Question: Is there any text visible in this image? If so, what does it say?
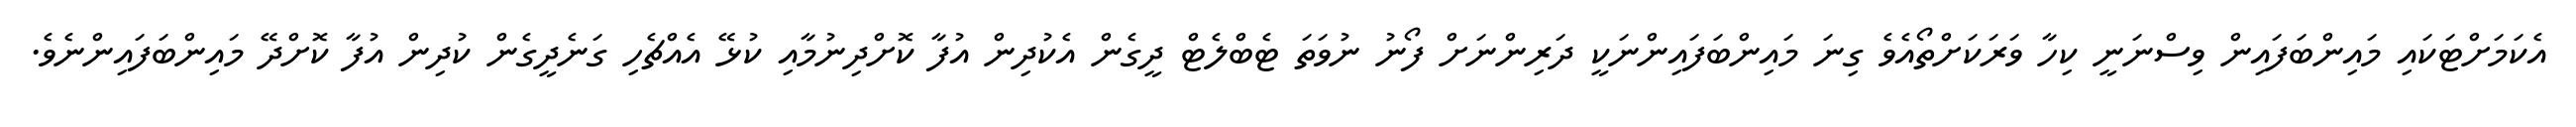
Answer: އެކަމަށްޓަކައި މައިންބަފައިން ވިސްނަނީ ކިހާ ވަރަކަށްތޯއެވެ ގިނަ މައިންބަފައިންނަކީ ދަރިންނަށް ފޯނު ނުވަތަ ޓެބްލެޓް ދީގެން އެކުދިން އުފާ ކޮށްދިނުމާއި ކުޅޭ އެއްޗެހި ގަނެދީގެން ކުދިން އުފާ ކޮށްދޭ މައިންބަފައިންނެވެ.